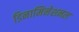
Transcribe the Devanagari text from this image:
डिनामिनेशनल